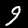
Label: 9